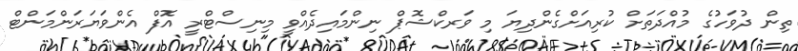
ތިން ދުވަހުގެ މުއްދަތަށް ކުރިއަށްގެންދިޔަ މި ވަރކްޝޮޕް ނިންމައިދެއްވީ މިނިސްޓްރީ އޮފް އެންވަޔަރަންމަންޓް